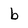
Character: b